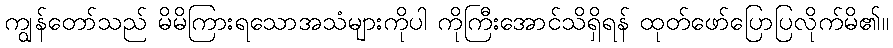
ကျွန်တော်သည် မိမိကြားရသောအသံများကိုပါ ကိုကြီးအောင်သိရှိရန် ထုတ်ဖော်ပြောပြလိုက်မိ၏။